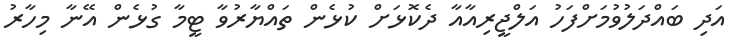
އަދި ބައްދަލުވުމަށްފަހު އަލްޖީރިއާއާ ދެކޮޅަށް ކުޅެން ތައްޔާރުވާ ޓީމާ ގުޅެން އޭނާ މިހާރު